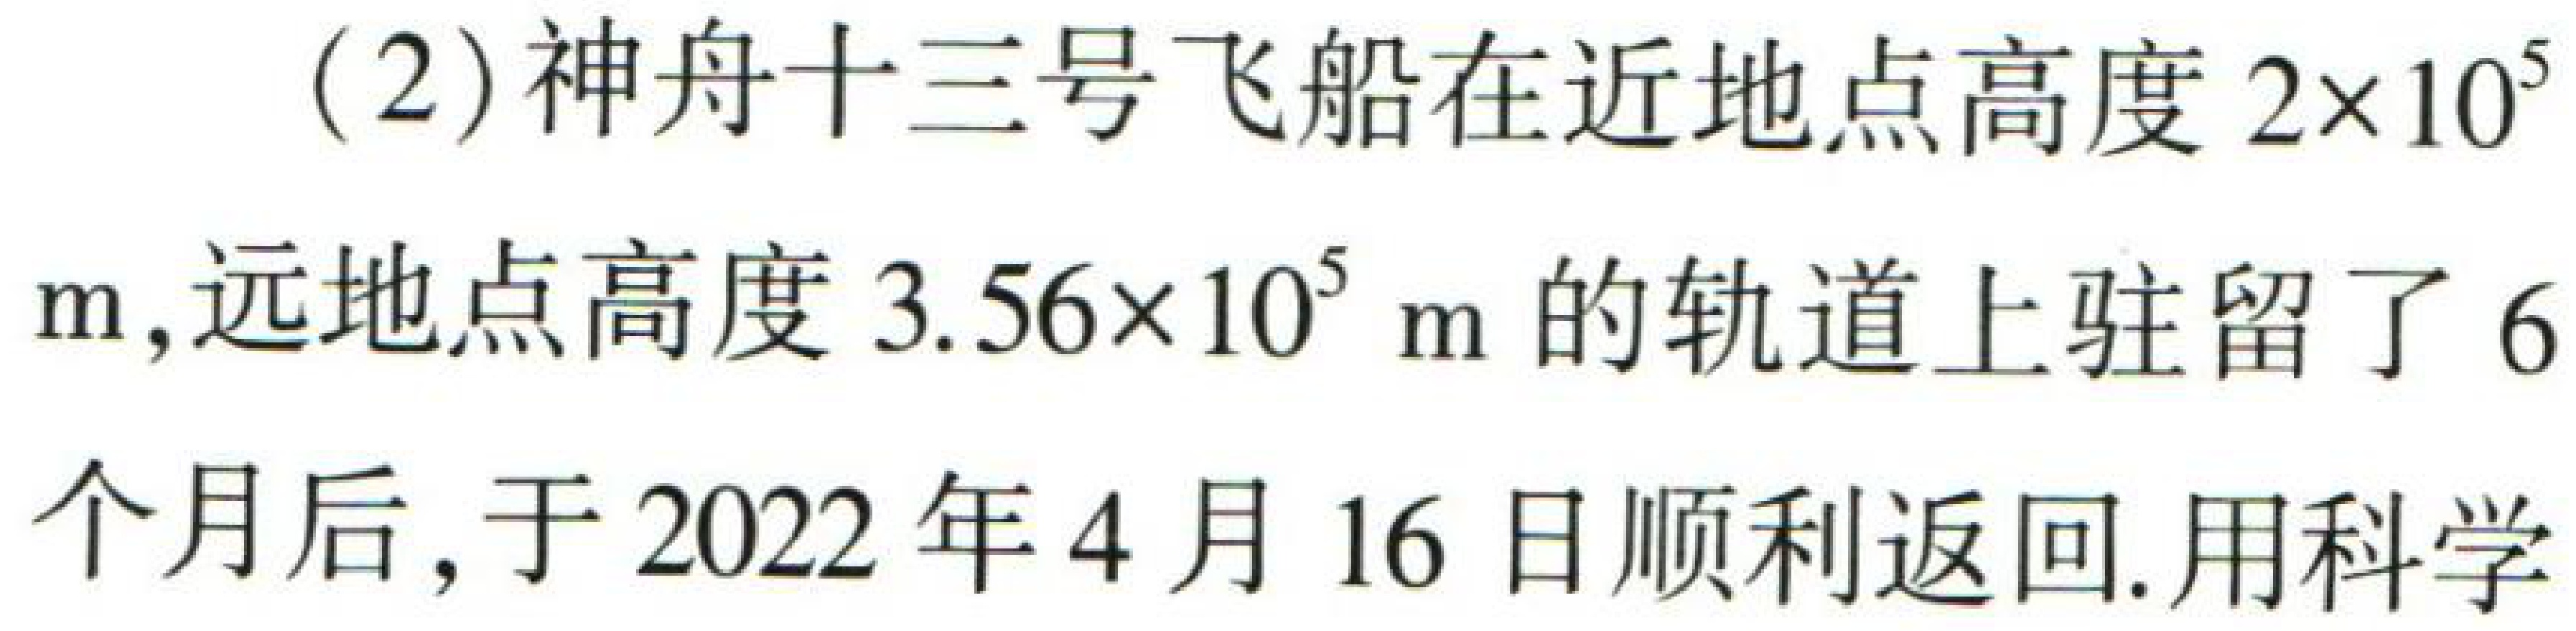
(2)神舟十三号飞船在近地点高度\(2\times10^{5}\)m,远地点高度\(3.56\times10^{5}\)m的轨道上驻留了6个月后,于2022年4月16日顺利返回.用科学